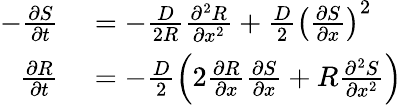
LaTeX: \begin{array}{rl}{-\frac{\partial S}{\partial t}}&{{}=-\frac{D}{2R}\frac{\partial^{2}R}{\partial x^{2}}+\frac{D}{2}\left(\frac{\partial S}{\partial x}\right)^{2}}\\ {\frac{\partial R}{\partial t}}&{{}=-\frac{D}{2}\left(2\frac{\partial R}{\partial x}\frac{\partial S}{\partial x}+R\frac{\partial^{2}S}{\partial x^{2}}\right)}\end{array}